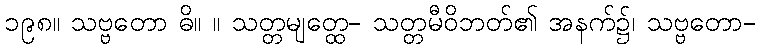
၁၉၈။ သဗ္ဗတော ဓိ။ ။ သတ္တမျတ္ထေ- သတ္တမီဝိဘတ်၏ အနက်၌၊ သဗ္ဗတော-